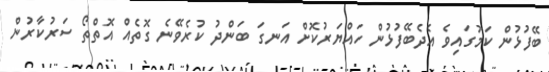
ބޭފުޅުން ކަމުގައިވެ އެދެބޭފުޅުން ހައްޔަރުކޮށް އަނގަ ބަންދު ކުރެވޭނެ ގޮތެއް އޮތްތޯ ސަރުކާރުން